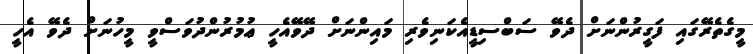
މީގެތެރޭގައި ފަގީރުންނަށް ދެވޭ ސަބްސިޑީއެކަނިވެރި މައިންނަށް ދޭވޭއެހީ ޢުމުރުންދުވަސްވީ މީހުނަށް ދެވޭ އެހީ